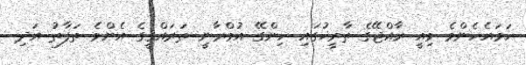
ހަމައެހެންމެ މިއީ ރާއްޖޭގެ ތާރީޚުގައި ހިންގޭ އުމްރާނީ ތަރައްޤީގެ އެންމެ ތަފާތު އަދި